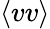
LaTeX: \left<vv\right>